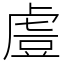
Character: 䖒